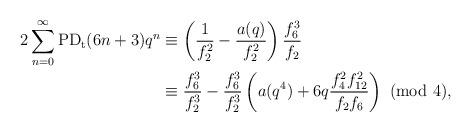
LaTeX: \begin{align*}2\sum_{n=0}^{\infty}\textup{PD}_\textup{t}(6n+3)q^n&\equiv\left(\dfrac{1}{f_2^2}-\dfrac{a(q)}{f_2^2}\right)\dfrac{f_{6}^3}{f_2}\\&\equiv \dfrac{f_{6}^3}{f_2^3}-\dfrac{f_{6}^3}{f_2^3}\left(a(q^4)+6q\dfrac{f_4^2f_{12}^2}{f_2f_6}\right)~(\textup{mod}~4),\end{align*}